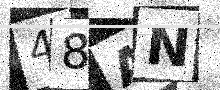
Text: 48AN